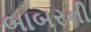
બાબરની